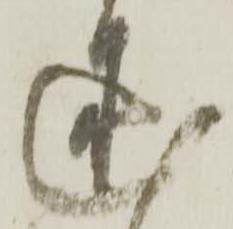
述